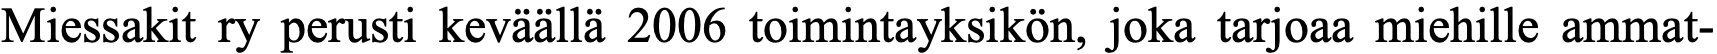
Miessakit ry perusti keväällä 2006 toimintayksikön, joka tarjoaa miehille ammat-